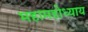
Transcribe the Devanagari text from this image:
महामहोध्याय